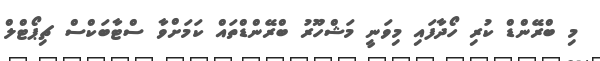
މި ބްރޭންޑް ކުރި ހޯދާފައި މިވަނީ މަޝްހޫރު ބްރޭންޑްތައް ކަމަށްވާ ސްޓާބަކްސް ޗިޕޯޓްލް